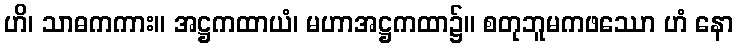
ဟိ၊ သာဓကကား။ အဋ္ဌကထာယံ၊ မဟာအဋ္ဌကထာ၌။ စတုဘူမကဖဿော ဟံ နော